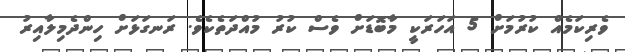
ވެރިކަމެއް ކުރުމަށް 5 އަހަރަކީ މާބޮޑަށް ވެސް ކުރު މުއްދަތެކެވެ. ރަނގަޅަށް ހިންދެމިލާއިރު